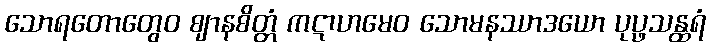
သောရတောတွေဝ ဈာနစိတ္တံ ကဋာဟမေဝ သောမနဿာဒယော ပုပ္ဖသန္ထရံ